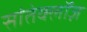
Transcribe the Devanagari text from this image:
सांतेक्लॉज़